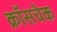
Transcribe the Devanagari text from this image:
क्रॉसचेक